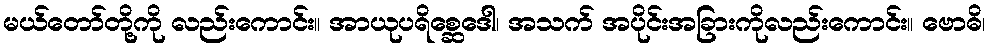
မယ်တော်တို့ကို လည်းကောင်း။ အာယုပရိစ္ဆေဒေါ၊ အသက် အပိုင်းအခြားကိုလည်းကောင်း။ ဗောဓိ၊